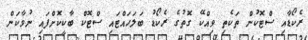
ރެކޯޑާއި ސްޓޮކުން ތަކެތި ވިއްކޭ ގޮތުގެ ރެކޯޑު ބަލަހައްޓައި ސްޓޮކް ބާކީކޮށްފައި ނުވާކަން